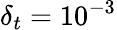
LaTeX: \delta_{t}=10^{-3}